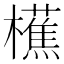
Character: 櫵